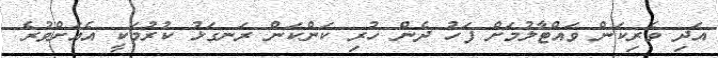
އަދި ވެރިކަން ވައްޓާލުމަށް ފަހު ދެން ހުރި ކަންކަން ރަނގަޅު ކުރުމަކީ އެއަށްވުރެ